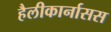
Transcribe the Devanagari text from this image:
हैलीकार्नासस